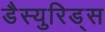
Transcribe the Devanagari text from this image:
डैस्युरिड्स